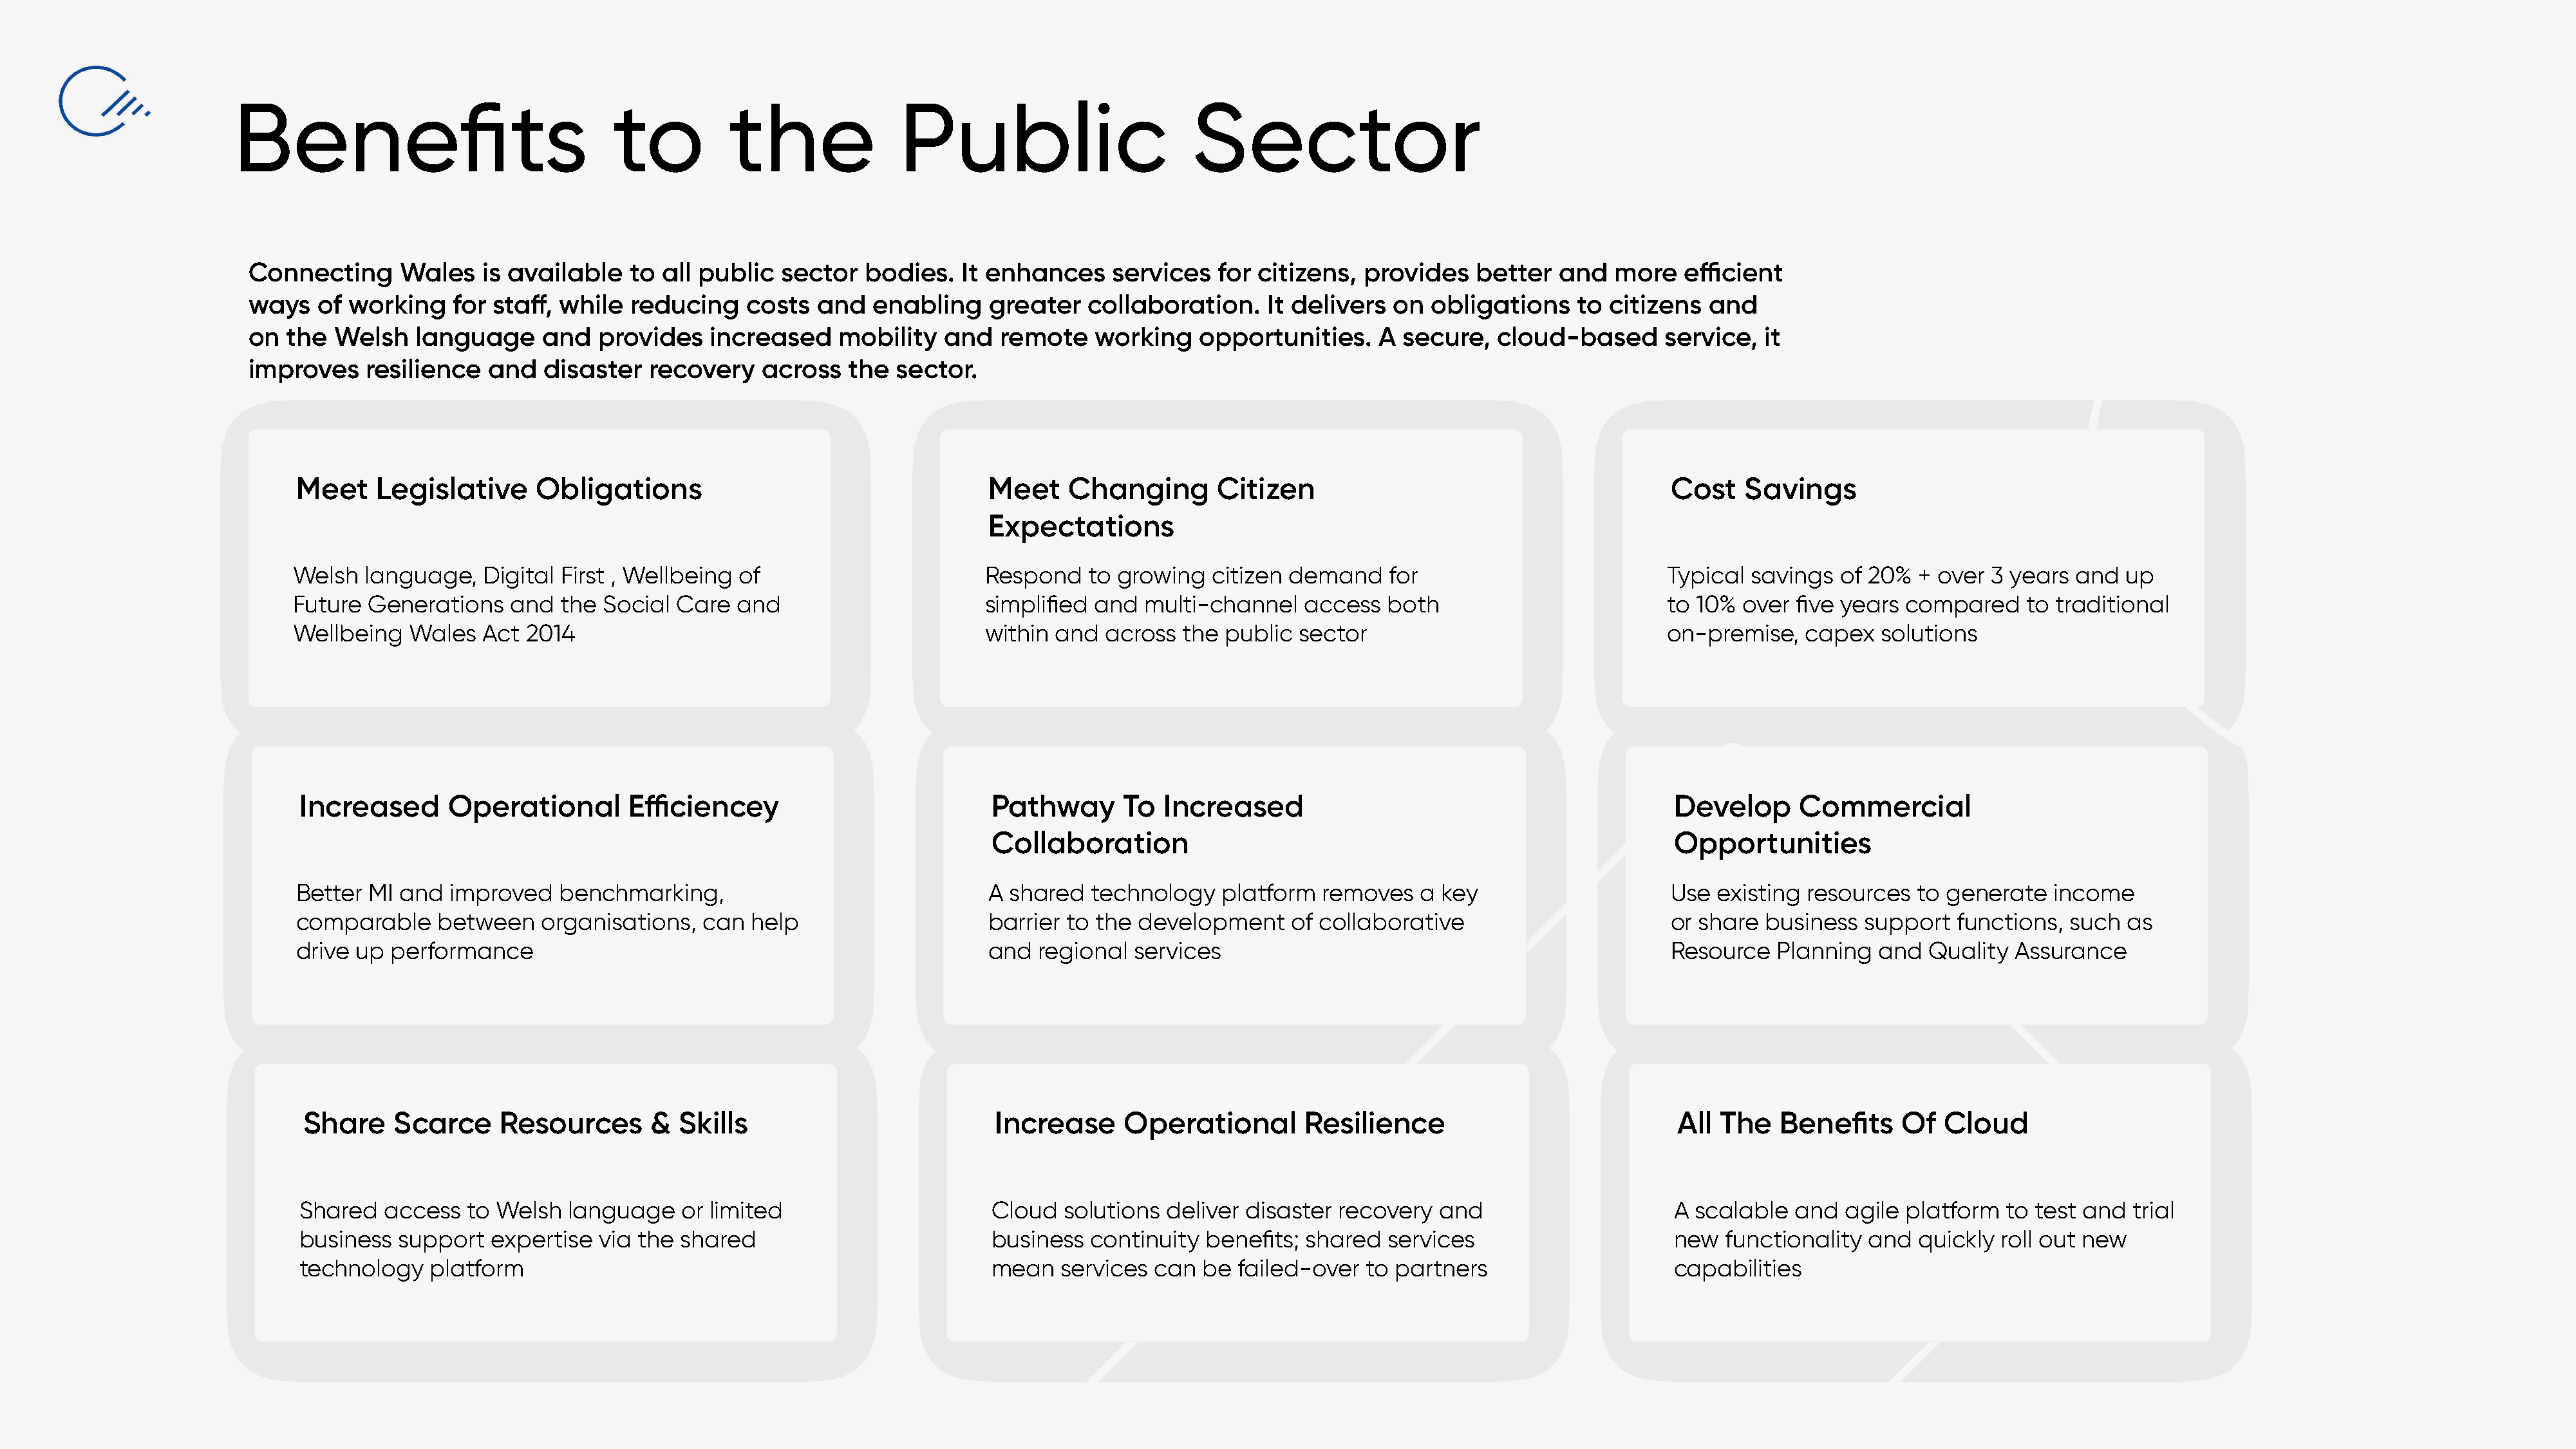
Benefits                               to          the              Public                         Sector
 Connecting     Wales    is available   to all public  sector   bodies.   It enhances    services   for citizens,  provides    better  and   more   efficient
 ways   of working    for staff, while  reducing    costs  and   enabling    greater   collaboration.    It delivers  on  obligations    to citizens   and
 on the  Welsh    language     and  provides    increased    mobility   and   remote    working   opportunities.     A secure,   cloud-based      service,  it
 improves    resilience  and   disaster   recovery   across   the  sector.
 Meet     Legislative     Obligations                                    Meet    Changing       Citizen                                        Cost   Savings
 Expectations
 Welsh   language,   Digital First , Wellbeing of                       Respond    to growing   citizen demand    for                         Typical  savings  of 20%  + over  3 years and  up
 Future  Generations   and   the Social  Care  and                      simplified  and  multi-channel   access   both                        to 10%  over  five years compared    to traditional
 Wellbeing   Wales   Act 2014                                           within  and  across  the public  sector                               on-premise,    capex  solutions
 Increased      Operational        Efficiencey                          Pathway       To  Increased                                           Develop      Commercial
 Collaboration                                                         Opportunities
 Better  MI and  improved    benchmarking,                               A shared  technology    platform  removes   a key                     Use  existing resources  to generate   income
 comparable     between    organisations,  can  help                     barrier to the development     of collaborative                       or share business   support  functions,  such  as
 drive  up performance                                                   and  regional  services                                               Resource   Planning  and  Quality  Assurance
 Share    Scarce     Resources       &  Skills                          Increase      Operational       Resilience                            All  The   Benefits    Of   Cloud
 Shared   access  to Welsh  language    or limited                      Cloud  solutions  deliver disaster  recovery  and                     A scalable   and  agile platform  to test and  trial
 business  support  expertise   via the shared                          business  continuity  benefits; shared   services                     new  functionality  and  quickly  roll out new
 technology   platform                                                  mean   services  can  be failed-over  to partners                     capabilities